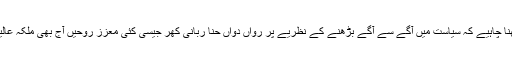
بلاول صاحب کو یہ ضرور خیال رکھنا چاہیے کہ سیاست میں آگے سے آگے بڑھنے کے نظریے پر رواں دواں حنا ربانی کھر جیسی کئی معزز روحیں آج بھی ملکہ عالیہ بننے کے خواب دیکھ رہی ہوں گی۔